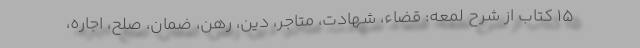
۱۵ کتاب از شرح لمعه: قضاء، شهادت، متاجر، دین، رهن، ضمان، صلح، اجاره،